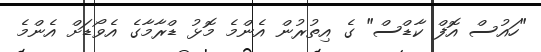
"ހައުސް އޮފް ކާޑްސް" ގެ އިތުރުން އެންމެ މޮޅު ޑްރާމާގެ އެވޯޑަށް އެންމެ